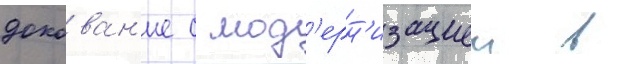
докован'ие с мод'ерн'изациеи в